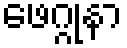
ဖေဂ္ဂုနာ